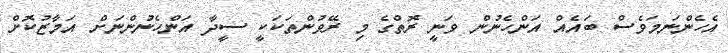
އެހެންނަމަވެސް ބައެއް އަންހެނުން ވަނީ ރޮތްގެ މި ރޭވުންތަކަކީ ސީދާ އަންހެނުންނަށް އަމާޒުކޮށް